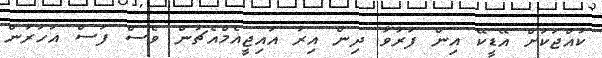
ކުއްޖަކަށް އޭޑީކޭ އިން ފަރުވާ ދިން އިރު އައިޖީއެމްއެޗުން ވެސް ފަސް އަހަރުން